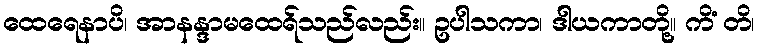
ထေရေနာပိ၊ အာနန္ဒာမထေရ်သည်လည်း။ ဥပါသကာ၊ ဒါယကာတို့။ ကိံ တိ၊